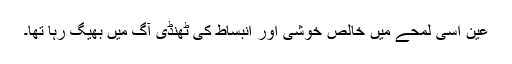
عین اُسی لمحے میں خالص خوشی اور انبساط کی ٹھنڈی آگ میں بھیگ رہا تھا۔